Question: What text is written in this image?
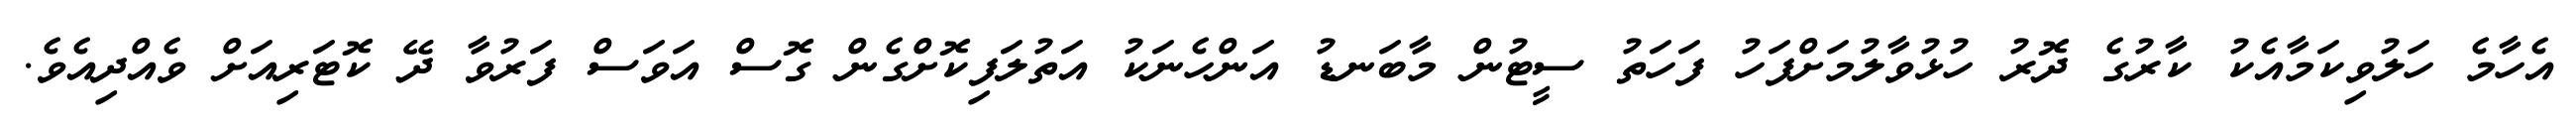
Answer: އެހާމެ ހަލުވިކަމާއެކު ކާރުގެ ދޮރު ހުޅުވާލުމަށްފަހު ފަހަތު ސީޓުން މާބަނޑު އަންހެނަކު އަތުލަފިކޮށްގެން ގޮސް އަވަސް ފަރުވާ ދޭ ކޮޓަރިއަށް ވެއްދިއެވެ.